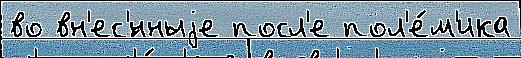
во вн'ес'́нныjе посл'е пол'е́м'ика